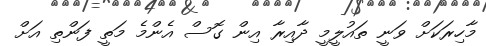
މާހިރަކަށް ވަނީ ތައުލީމީ ދާއިރާ އިން ގޮސް އެންމެ މަތީ ފަންތި އަށް